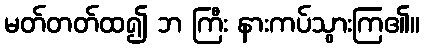
မတ်တတ်ထ၍ ဘ ကြီး နားကပ်သွားကြ၏။